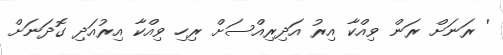
' ރަނަށް ރަން ވިއްކާ އިރު އަދިރިއްސަށް ރިހި ވިއްކާ އިރުއަދި ގޮދަނަށް